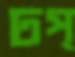
ঢপ্‌